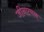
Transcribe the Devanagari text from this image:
जीनात्मक